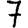
Digit: 7